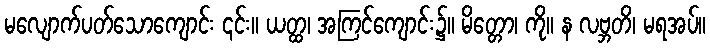
မလျောက်ပတ်သောကျောင်း ၎င်း။ ယတ္ထ၊ အကြင်ကျောင်း၌။ မိတ္တော၊ ကို။ န လဗ္ဘတိ၊ မရအပ်။